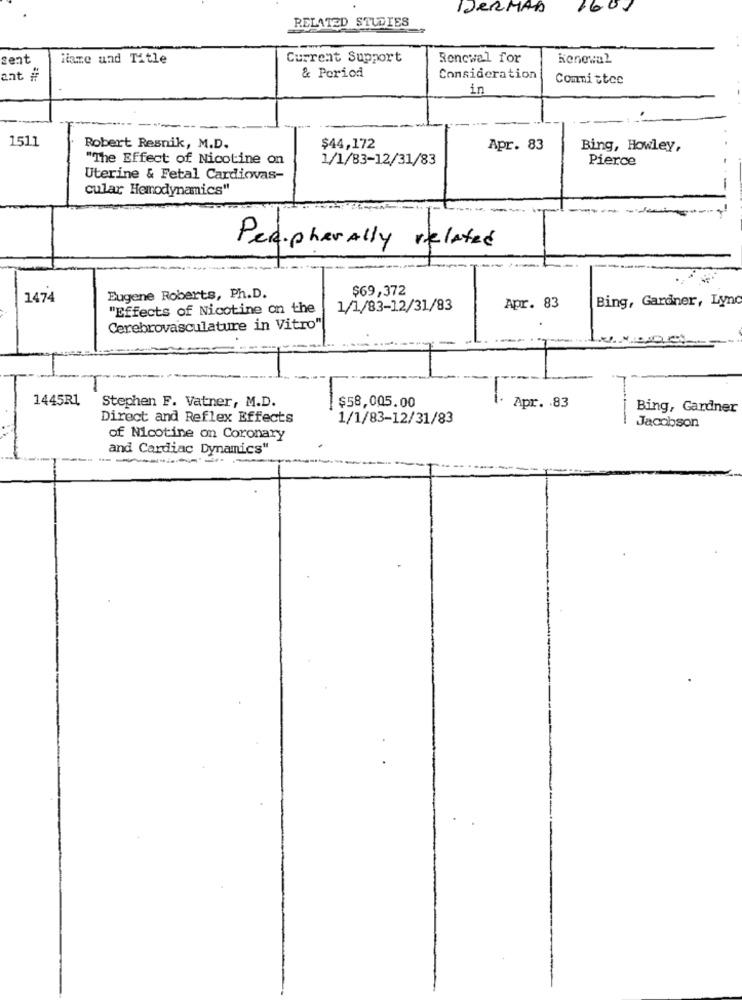
DERMAS
1601
RELATED STUDIES
sent
Name and Title
Current Support
Roncwal for
Renewal
& Poriod
ant #
Consideration
Committee
in
1511
Robert Resnik, M.D.
$44,172
Apr. 83
Bing, Howley,
"The Effect of Nicotine on
1/1/83-12/31/83
Pierce
Uterine & Fetal Cardiovas-
cular Hemodynamics"
PeripherAlly related
$69,372
1474
Eugene Roberts, Ph.D.
Bing, Gardner, Lynd
"Effects of Nicotine on the
1/1/83-12/31/83
Apr. 83
Cerebrovasculature in Vitro"
-
1445R1
Stephen F. Vatner, M.D.
$58,005.00
Apr. . 83
Bing, Gardner
Direct and Reflex Effects
1/1/83-12/31/83
Jacobson
of Nicotine on Coronary
and Cardiac Dynamics"